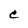
Character: C